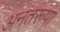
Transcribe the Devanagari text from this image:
अनंतरूपा